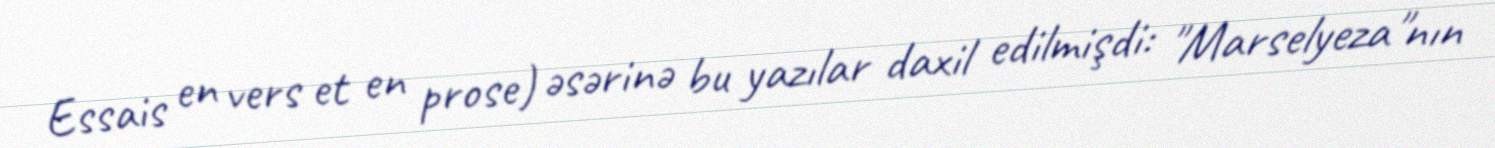
Essais en vers et en prose) əsərinə bu yazılar daxil edilmişdi: "Marselyeza"nın